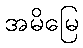
အမိမြေ